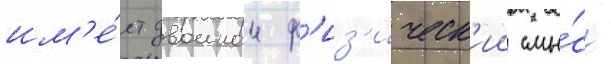
им'е́ет двоинои ф'из'ическ'ии смы́сл